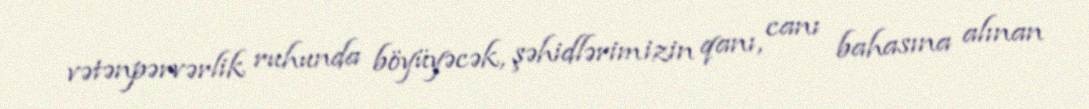
vətənpərvərlik ruhunda böyüyəcək, şəhidlərimizin qanı, canı bahasına alınan